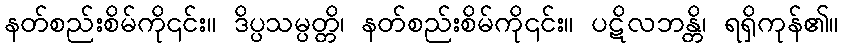
နတ်စည်းစိမ်ကို၎င်း။ ဒိပ္ပသမ္ပတ္တိ၊ နတ်စည်းစိမ်ကို၎င်း။ ပဋိလဘန္တိ၊ ရရှိကုန်၏။